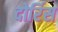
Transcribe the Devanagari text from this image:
दोर्रिस